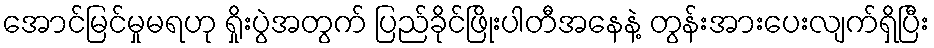
အောင်မြင်မှုမရဟု ရှိုးပွဲအတွက် ပြည်ခိုင်ဖြိုးပါတီအနေနဲ့ တွန်းအားပေးလျက်ရှိပြီး